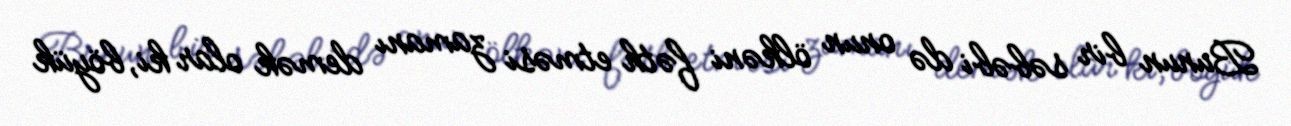
Bunun bir səbəbi də onun ölkəni fəth etməsi zamanı demək olar ki, böyük